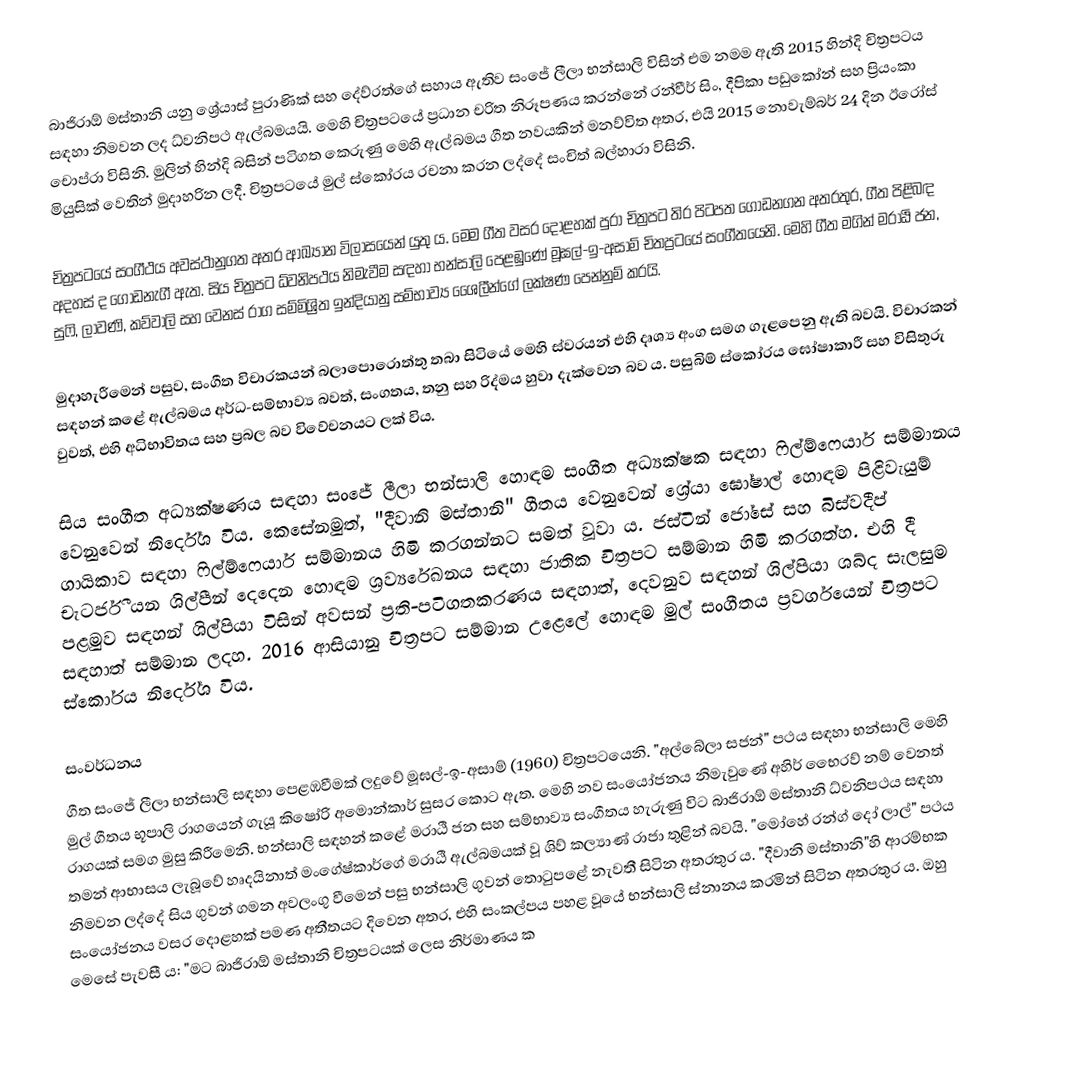
බාජිරාඕ මස්තානි යනු ශ්‍රේයාස් පුරාණික් සහ දේව්රත්ගේ සහාය ඇතිව සංජේ ලීලා භන්සාලි විසින් එම නමම ඇති 2015 හින්දි චිත්‍රපටය සඳහා නිමවන ලද ධ්වනිපථ ඇල්බමයයි. මෙහි චිත්‍රපටයේ ප්‍රධාන චරිත නිරූපණය කරන්නේ රන්වීර් සිං, දීපිකා පඩුකෝන් සහ ප්‍රියංකා චොප්රා විසිනි. මුලින් හින්දි බසින් පටිගත කෙරුණු මෙහි ඇල්බමය ගීත නවයකින් මනව්විත අතර, එයි ‍2015 නොවැම්බර් 24 දින ඊ‍රෝස් මියුසික් වෙතින් මුදාහරින ලදී. චිත්‍රපටයේ මුල් ස්කෝරය රචනා කරන ලද්දේ සංචිත් බල්හාරා විසිනි.

චිත්‍රපටයේ සංගීථය අවස්ථානුගත අතර ආඛ්‍යාන විලාසයෙන් යුතු ය. මෙම ගීත වසර දොළහක් පුරා චිත්‍රපට තිර පිටපත ගොඩනගන අතරතුර, ගීත පිළිබඳ අදහස් ද ගොඩනැගී ඇත. සිය චිත්‍රපට ධ්වනිපථය නිමැවීම සඳහා භන්සාලි පෙළඹුණේ මූඝල්-ඉ-අසාම් චිතප්‍රටයේ සංගීතයෙනි. මෙහි ගීත මගින් මරාඨි ජන, සුෆි, ලාවණි, කව්වාලි සහ වෙනස් රාග සම්මිශ්‍රිත ඉන්දියානු සම්භාව්‍ය ශෛලීන්ගේ ලක්ෂණ පෙන්නුම් කරයි.

මුදාහැරීමෙන් පසුව, සංගීත විචාරකයන් බලාපොරොත්තු තබා සිටියේ මෙහි ස්වරයන් එහි දෘශ්‍ය අංග සමග ගැළපෙනු ඇති බවයි. විචාරකන් සඳහන් කළේ ඇල්බමය අර්ධ-සම්භාව්‍ය බවත්, සංගතය, තනු සහ රිද්මය හුවා දැක්වෙන බව ය. පසුබිම් ස්කෝරය ඝෝෂාකාරී සහ විසිතුරු වුවත්, එහි අධිභාවිතය සහ ප්‍රබල බව විවේචනයට ලක් විය.

සිය සංගීත අධ්‍යක්ෂණය සඳහා සංජේ ලීලා භන්සාලි හොඳම සංගීත අධ්‍යක්ෂක සඳහා ෆිල්ම්ෆෙයාර් සම්මානය වෙනුවෙන් නිර්දේශ විය. කෙසේනමුත්, "දීවානි මස්තානි" ගීතය වෙනුවෙන් ශ්‍රේයා ඝෝෂාල් හොඳම පිළිවැයුම් ගායිකාව සඳහා ෆිල්ම්ෆෙයාර් සම්මානය හිමි කරගන්නට සමත් වූවා ය. ජස්ටින් ජෝසේ සහ බිස්වදීප් චැටර්ජී යන ශිල්පීන් දෙදෙන හොඳම ශ්‍රව්‍යරේඛනය සඳහා ජාතික චිත්‍රපට සම්මාන හිමි කරගත්හ. එහි දී පළමුව සඳහන් ශිල්පියා විසින් අවසන් ප්‍රති-පටිගතකරණය සඳහාත්, දෙවනුව සඳහන් ශිල්පියා ශබ්ද සැලසුම සඳහාත් සම්මාන ලදහ. 2016 ආසියානු චිත්‍රපට සම්මාන උළෙලේ හොඳම මුල් සංගීතය ප්‍රවර්ගයෙන් චිත්‍රපට ස්කෝරය නිර්දේශ විය.

සංවර්ධනය
ගීත සංජේ ලීලා භන්සාලි සඳහා පෙළඹවීමක් ලදුවේ මූඝල්-ඉ-අසාම් (1960) චිත්‍රපටයෙනි. "අල්බේලා සජන්" පථය සඳහා භන්සාලි මෙහි මුල් ගීතය භූපාලි රාගයෙන් ගැයූ කිෂෝරි අමොන්කාර් සුසර කොට ඇත. මෙහි නව සංයෝජනය නිමැවුණේ අහිර් භෛරව් නම් වෙනත් රාගයක් සමග මුසු කිරීමෙනි. භන්සාලි සඳහන් කළේ මරාඨි ජන සහ සම්භාව්‍ය සංගීතය හැරුණු විට බාජිරාඕ මස්තානි ධ්වනිපථය සඳහා තමන් ආභාසය ලැබූවේ හෘදයිනාත් මංගේෂ්කාර්ගේ මරාඨි ඇල්බමයක් වූ ශිව් කල්‍යාණ් රාජා තුළින් බවයි. "මෝහේ රන්ග් දෝ ලාල්" පථය නිමවන ලද්දේ සිය ගුවන් ගමන අවලංගු වීමෙන් පසු භන්සාලි ගුවන් තොටුපළේ නැවතී සිටින අතරතුර ය. "දීවානි මස්තානි"හි ආරම්භක සංයෝජනය වසර දොළහක් පමණ අතීතයට දිවෙන අතර, එහි සංකල්පය පහළ වූයේ භන්සාලි ස්නානය කරමින් සිටින අතරතුර ය. ඔහු මෙසේ පැවසී ය: "මට බාජිරාඕ මස්තානි චිත්‍රපටයක් ලෙස නිර්මාණය ක